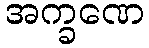
အက္ခဏေ